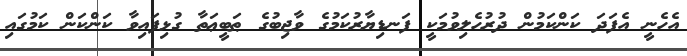
އެހެނީ އެފަދަ ކަންކަމުން ދުރުހެލިވުމަކީ ފަނޑިޔާރުކަމުގެ ވާޖިބުގެ ޠަބީޢަތާ ގުޅިފައިވާ ކަންކަން ކަމުގައި